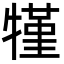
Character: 㹏